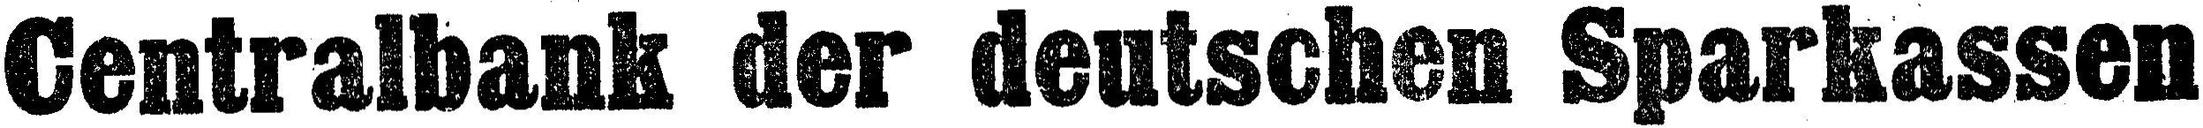
Centralbank der deutschen Sparkassen